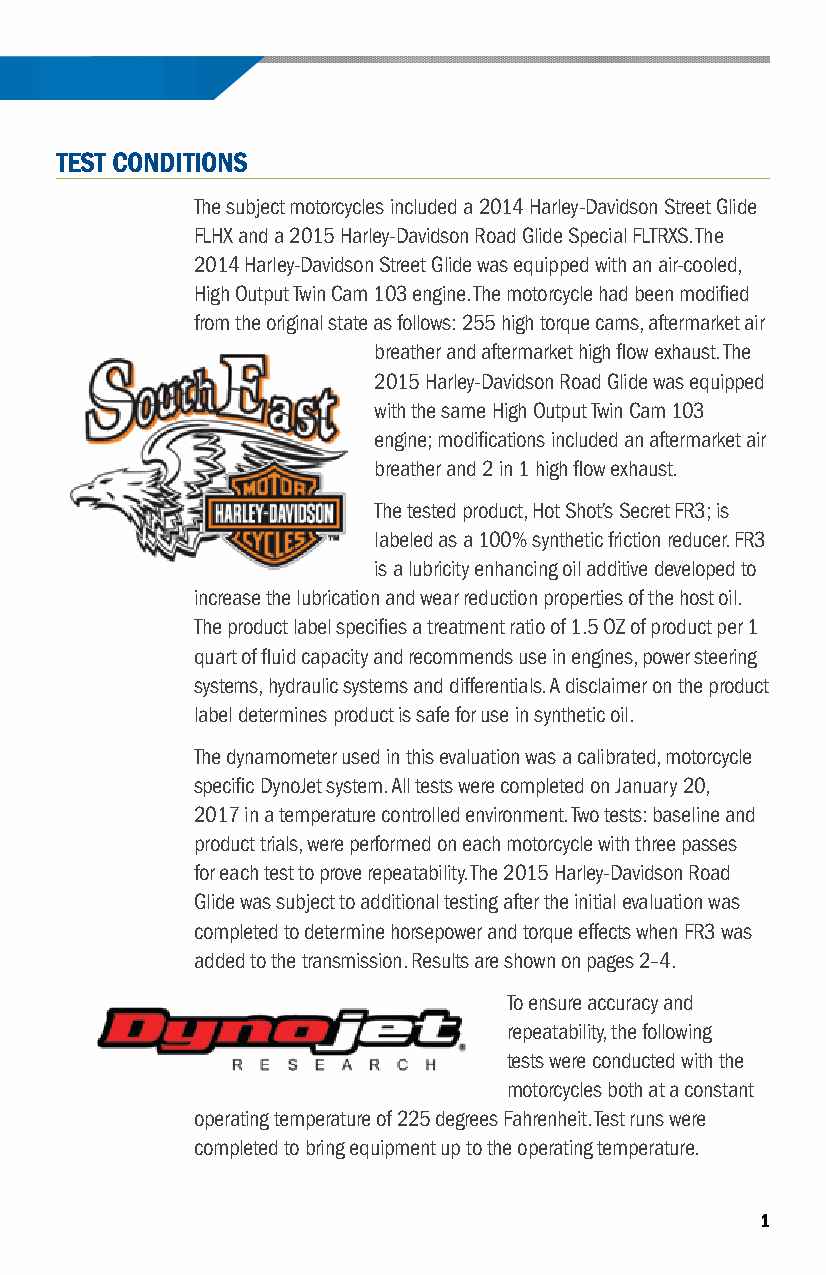
CASE STUDY | INCREASING HORSEPOWER & TORQUE — FR3 FRICTION REDUCER
 TEST CONDITIONS
 The subject motorcycles included a 2014 Harley-Davidson Street Glide
 FLHX and a 2015 Harley-Davidson Road Glide Special FLTRXS . The
 2014 Harley-Davidson Street Glide was equipped with an air-cooled,
 High Output Twin Cam 103 engine . The motorcycle had been modified
 from the original state as follows: 255 high torque cams, aftermarket air
 breather and aftermarket high flow exhaust . The
 2015 Harley-Davidson Road Glide was equipped
 with the same High Output Twin Cam 103
 engine; modifications included an aftermarket air
 breather and 2 in 1 high flow exhaust .
 The tested product, Hot Shot’s Secret FR3; is
 labeled as a 100% synthetic friction reducer . FR3
 is a lubricity enhancing oil additive developed to
 increase the lubrication and wear reduction properties of the host oil .
 The product label specifies a treatment ratio of 1 .5 OZ of product per 1
 quart of fluid capacity and recommends use in engines, power steering
 systems, hydraulic systems and differentials . A disclaimer on the product
 label determines product is safe for use in synthetic oil .
 The dynamometer used in this evaluation was a calibrated, motorcycle
 specific DynoJet system . All tests were completed on January 20,
 2017 in a temperature controlled environment . Two tests: baseline and
 product trials, were performed on each motorcycle with three passes
 for each test to prove repeatability . The 2015 Harley-Davidson Road
 Glide was subject to additional testing after the initial evaluation was
 completed to determine horsepower and torque effects when FR3 was
 added to the transmission . Results are shown on pages 2–4 .
 To ensure accuracy and
 repeatability, the following
 tests were conducted with the
 motorcycles both at a constant
 operating temperature of 225 degrees Fahrenheit . Test runs were
 completed to bring equipment up to the operating temperature .
 1